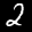
Label: 2